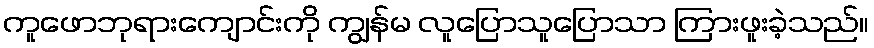
ကူဖောဘုရားကျောင်းကို ကျွန်မ လူပြောသူပြောသာ ကြားဖူးခဲ့သည်။